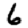
Digit: 6